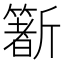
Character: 𣃑